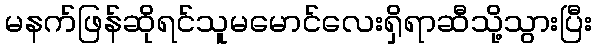
မနက်ဖြန်ဆိုရင်သူမမောင်လေးရှိရာဆီသို့သွားပြီး